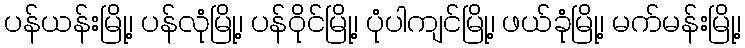
ပန်ယန်းမြို့၊ ပန်လုံမြို့၊ ပန်ဝိုင်မြို့၊ ပုံပါကျင်မြို့၊ ဖယ်ခုံမြို့၊ မက်မန်းမြို့၊